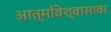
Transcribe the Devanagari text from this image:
आत्मविश्वासावर